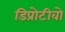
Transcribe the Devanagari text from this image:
डिप्रोटीवो